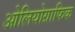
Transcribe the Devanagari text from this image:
ओलियोग्राफिक